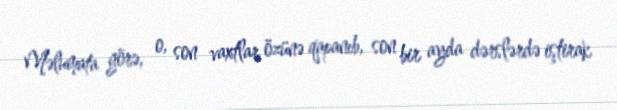
Məlumata görə, o, son vaxtlar özünə qapanıb, son bir ayda dərslərdə iştirak